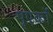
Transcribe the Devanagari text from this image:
पूएर्को